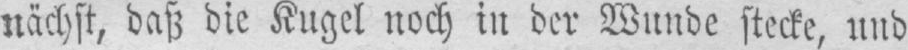
nächst, daß die Kugel noch in der Wunde stecke, und